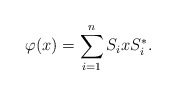
\begin{align*}\varphi(x) = \sum_{i=1}^n S_i x S_i^*. \end{align*}